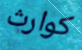
كوارث